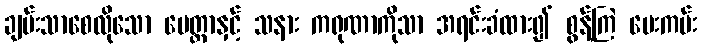
ချမ်းသာစေလိုသော မေတ္တာနှင့် သနား ကရုဏာကိုသာ အရင်းခံထား၍ စွန့်ကြဲ ပေးကမ်း